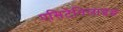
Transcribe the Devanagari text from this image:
एसिटेनिलाइड